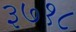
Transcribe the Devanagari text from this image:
३७१८